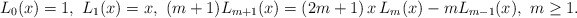
\begin{align*}L_0(x)=1,\ L_1(x)=x,\ (m+1)L_{m+1}(x)=(2m+1)\,x\,L_m(x) - mL_{m-1}(x),\ m\ge 1.\end{align*}